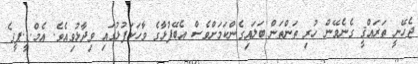
ޖެހޭނީ ތަރައްޤީ ގެނެވޭން ހުރި ތަންތަން ބަލައިގެންކަމަށްވެސް އެބޭފުޅާގެ ވާހަކަފުޅުގައި ވިދާޅުވިއެވެ. އެމް.ޑީ.ޕީގެ